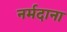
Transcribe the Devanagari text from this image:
नर्मदाना